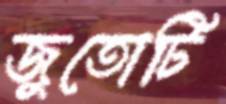
জুতোটি